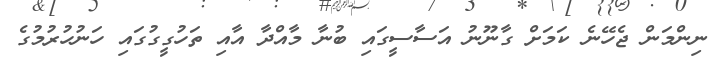
ނިންމަން ޖެހޭނެ ކަމަށް ގާނޫނު އަސާސީގައި ބުނާ މާއްދާ އާއި ތަހުގީގުގައި ހަނުހުރުމުގެ